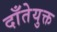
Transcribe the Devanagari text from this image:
दाँतेयुक्त